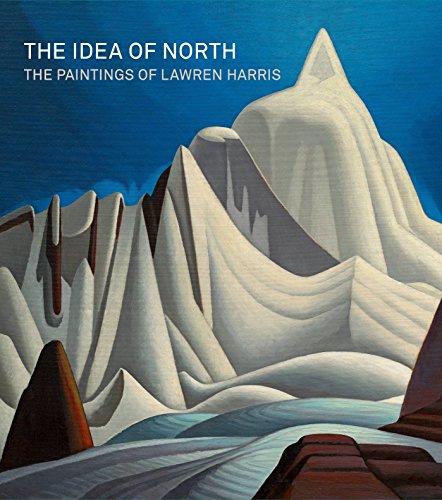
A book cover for The Idea of North: The Paintings of Lawren Harris; Steve Martin; Arts & Photography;